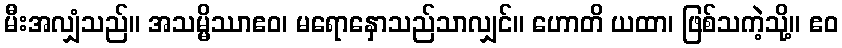
မီးအလျှံသည်။ အသမ္မိဿာဧဝ၊ မရောနှောသည်သာလျှင်။ ဟောတိ ယထာ၊ ဖြစ်သကဲ့သို့။ ဧဝ